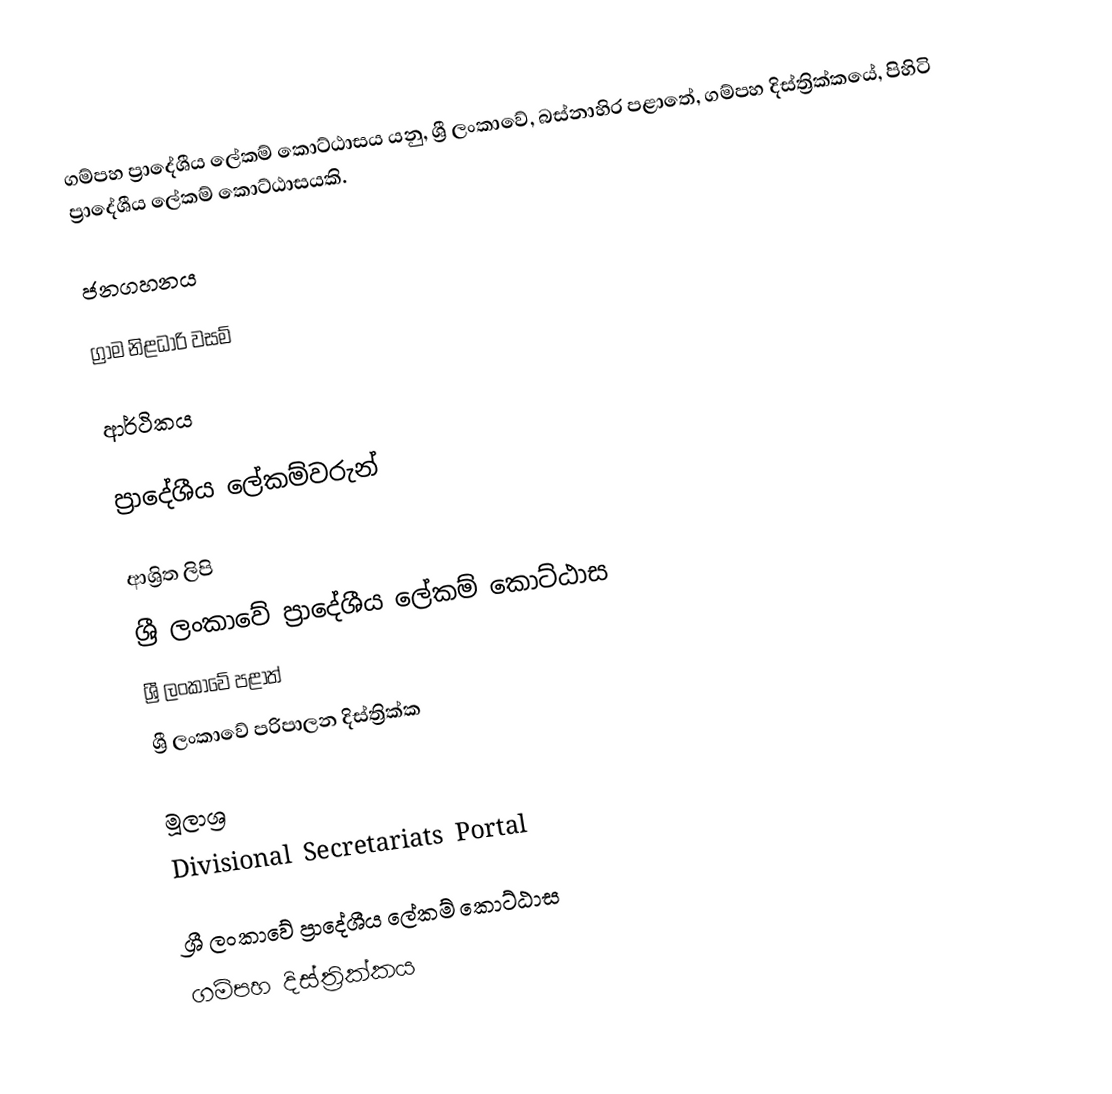
ගම්පහ ප්‍රාදේශීය ලේකම් කොට්ඨාසය යනු,  ශ්‍රී ලංකාවේ, බස්නාහිර පළාතේ,   ගම්පහ දිස්ත්‍රික්කයේ, පිහිටි ප්‍රාදේශීය ලේකම් කොට්ඨාසයකි.

ජනගහනය

ග්‍රාම නිළධාරි වසම්

ආර්ථිකය

ප්‍රාදේශීය ලේකම්වරුන්

ආශ්‍රිත ලිපි
ශ්‍රී ලංකාවේ ප්‍රාදේශීය ලේකම් කොට්ඨාස
ශ්‍රී ලංකාවේ පළාත්
ශ්‍රී ලංකාවේ පරිපාලන දිස්ත්‍රික්ක

මූලාශ්‍ර
 Divisional Secretariats Portal

ශ්‍රී ලංකාවේ ප්‍රාදේශීය ලේකම් කොට්ඨාස
ගම්පහ දිස්ත්‍රික්කය